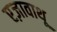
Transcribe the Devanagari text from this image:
एज़ावाथू